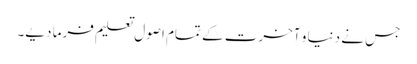
جس نے دنیا و آخرت کے تمام اصول تعلیم فرما دیے۔